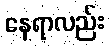
နေရာလည်း